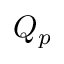
Q _ { p }